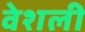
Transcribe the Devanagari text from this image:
वेशली